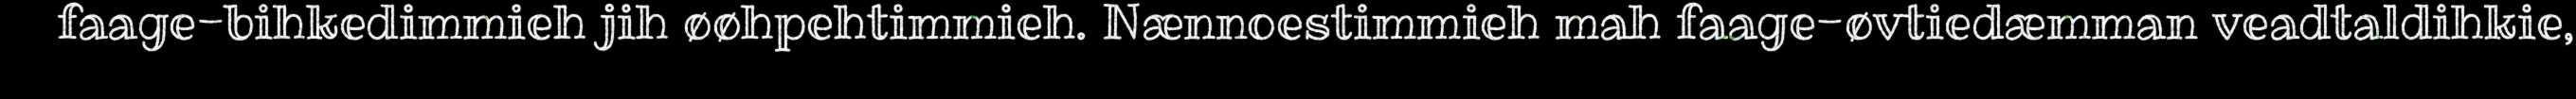
faage-bihkedimmieh jih øøhpehtimmieh. Nænnoestimmieh mah faage-øvtiedæmman veadtaldihkie,